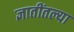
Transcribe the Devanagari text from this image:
ज्ञातींतल्या